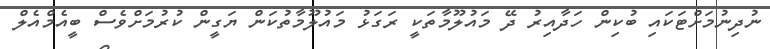
ނުދިނުމަށްޓަކައި ބުކިން ހަދާއިރު ދޭ މައުލޫމާތަކީ ރަގަޅު މައުލޫމާތުކަން ޔަގީން ކުރުމަށްވެސް ބީއެމްއެލް